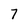
Character: 7